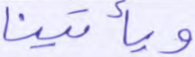
ويأتينا